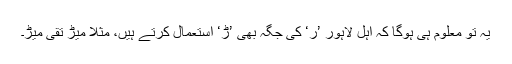
یہ تو معلوم ہی ہوگا کہ اہلِ لاہور ’ر‘ کی جگہ بھی ’ڑ‘ استعمال کرتے ہیں، مثلاً میڑ تقی میڑ۔